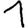
Digit: 1